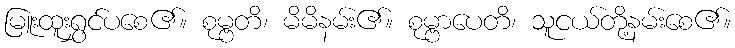
မြူးထူးရွှင်ပစေ၏။ စုမ္ဗတိ၊ မိမိနမ်း၏။ စုမ္ဗာပေတိ၊ သူငယ်တို့နမ်းစေ၏။